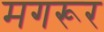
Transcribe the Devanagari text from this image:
मगरूर